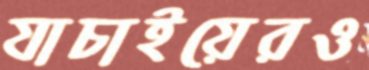
যাচাইয়েরও